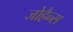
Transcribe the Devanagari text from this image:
जोहैन्स